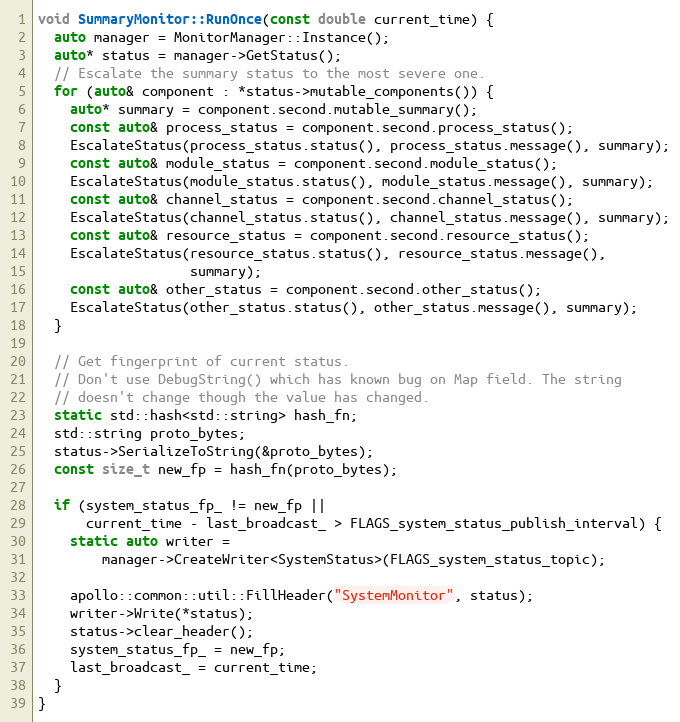
Language: C++
void SummaryMonitor::RunOnce(const double current_time) {
  auto manager = MonitorManager::Instance();
  auto* status = manager->GetStatus();
  // Escalate the summary status to the most severe one.
  for (auto& component : *status->mutable_components()) {
    auto* summary = component.second.mutable_summary();
    const auto& process_status = component.second.process_status();
    EscalateStatus(process_status.status(), process_status.message(), summary);
    const auto& module_status = component.second.module_status();
    EscalateStatus(module_status.status(), module_status.message(), summary);
    const auto& channel_status = component.second.channel_status();
    EscalateStatus(channel_status.status(), channel_status.message(), summary);
    const auto& resource_status = component.second.resource_status();
    EscalateStatus(resource_status.status(), resource_status.message(),
                   summary);
    const auto& other_status = component.second.other_status();
    EscalateStatus(other_status.status(), other_status.message(), summary);
  }

  // Get fingerprint of current status.
  // Don't use DebugString() which has known bug on Map field. The string
  // doesn't change though the value has changed.
  static std::hash<std::string> hash_fn;
  std::string proto_bytes;
  status->SerializeToString(&proto_bytes);
  const size_t new_fp = hash_fn(proto_bytes);

  if (system_status_fp_ != new_fp ||
      current_time - last_broadcast_ > FLAGS_system_status_publish_interval) {
    static auto writer =
        manager->CreateWriter<SystemStatus>(FLAGS_system_status_topic);

    apollo::common::util::FillHeader("SystemMonitor", status);
    writer->Write(*status);
    status->clear_header();
    system_status_fp_ = new_fp;
    last_broadcast_ = current_time;
  }
}